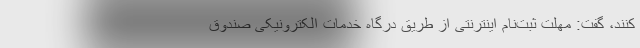
کنند، گفت: مهلت ثبت‌نام اینترنتی از طریق درگاه خدمات الکترونیکی صندوق